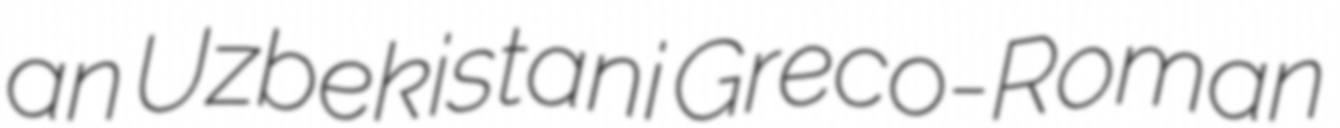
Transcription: an Uzbekistani Greco-Roman